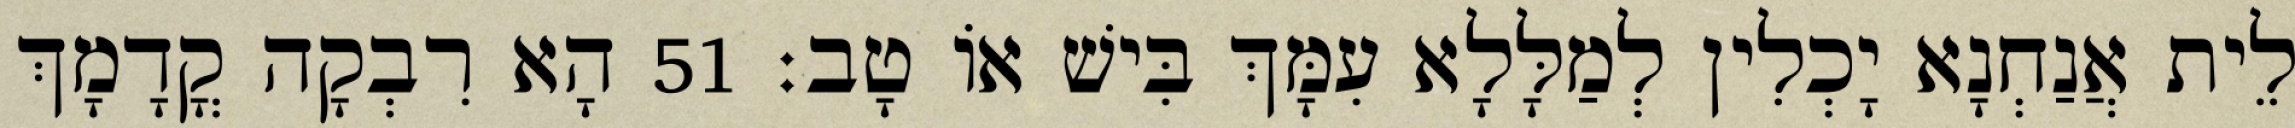
לֵית אֲנַחְנָא יָכְלִין לְמַלָּלָא עִמָּךְ בִּישׁ אוֹ טָב׃ 51 הָא רִבְקָה קֳדָמָךְ